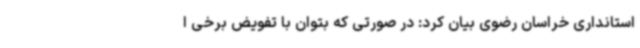
استانداری خراسان رضوی بیان کرد: در صورتی که بتوان با تفویض برخی ا